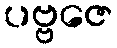
ပဗ္ဗဇေ